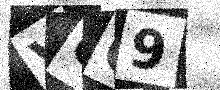
Text: VCC9